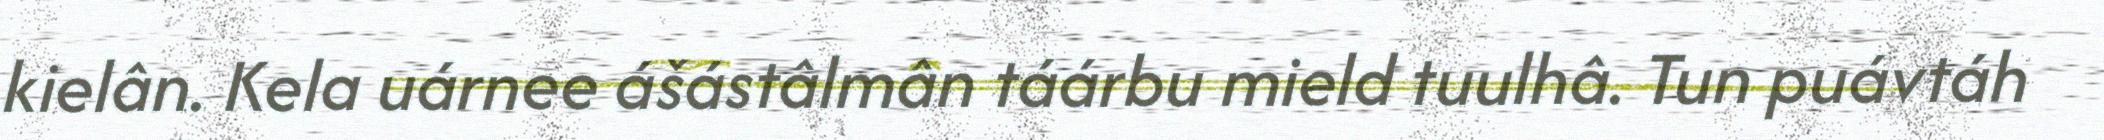
kielân. Kela uárnee ášástâlmân táárbu mield tuulhâ. Tun puávtáh